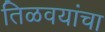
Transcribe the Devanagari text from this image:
तिळवयांचा